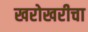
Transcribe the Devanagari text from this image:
खरोखरीचा